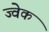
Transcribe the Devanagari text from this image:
ज्वेक